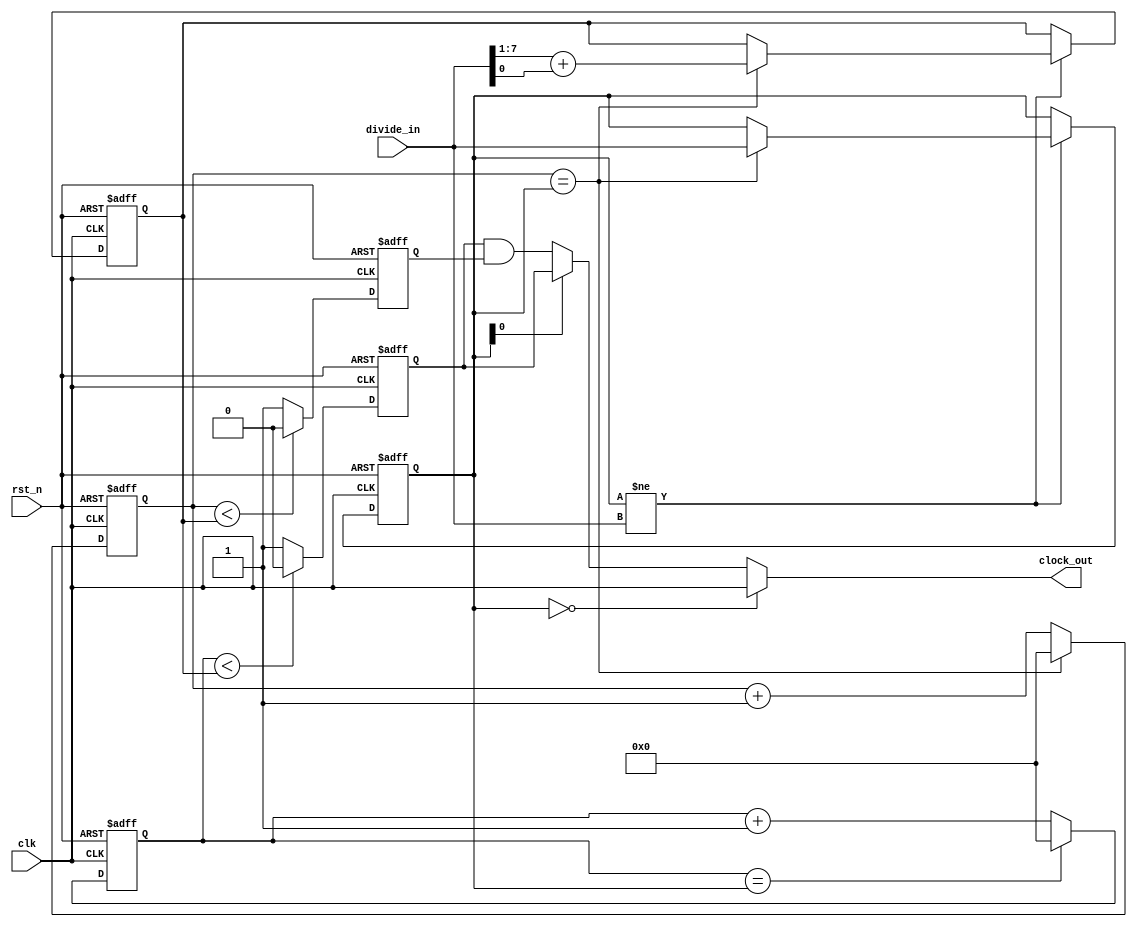
// ********************************************************************
// >>>>>>>>>>>>>>>>>>>>>>>>> COPYRIGHT NOTICE <<<<<<<<<<<<<<<<<<<<<<<<<
// ********************************************************************
// Module name     : divider
// Module Function : 
//
// --------------------------------------------------------------------
// Usefully Information
// --------------------------------------------------------------------
// Posedge to next posedge is one clock
// Negedge to next negedge is one clock
// Posedge to next negedge maybe not 1/2 clock


module divider
  (
   clk,
   rst_n,
   divide_in,
   clock_out
   );

   input 	clk;
   input 	rst_n;
   input [7 : 0] divide_in;
   output 		 clock_out;

   reg [7 : 0] divide;
   reg [6 : 0] divide_half;
   reg [7 : 0] cnt_p;
   reg [7 : 0] cnt_n;
   reg 		   clk_p;
   reg 		   clk_n;

   always @(negedge clk or negedge rst_n) begin
	  if (!rst_n) begin
		 divide[7 : 0] <= 0;
		 divide_half[6 : 0] <= 0;
	  end else if (divide[7 : 0] != divide_in[7 : 0]) begin
		 if (cnt_n[7 : 0] == divide[7 : 0]) begin
			divide[7 : 0] <= divide_in[7 : 0];
			divide_half[6 : 0] <= divide_in[7 : 1] + divide_in[0];
		 end
	  end
   end

   always @(posedge clk or negedge rst_n) begin
	  if (!rst_n) begin
		 cnt_p <= 0;
	  end else if (cnt_p[7 : 0] == divide[7 : 0]) begin
		 cnt_p <= 0;
	  end else begin
		 cnt_p <= cnt_p + 1;
	  end
   end

   always @(posedge clk or negedge rst_n) begin
	  if (!rst_n) begin
		 clk_p <= 0;
	  end else if (cnt_p[7 : 0] < { 1'b 0, divide_half[6 : 0] }) begin
		 clk_p <= 0;
	  end else begin
		 clk_p <= 1;
	  end
   end

   always @(negedge clk or negedge rst_n) begin
	  if (!rst_n) begin
		 cnt_n <= 0;
	  end else if (cnt_n[7 : 0] == divide[7 : 0]) begin
		 cnt_n <= 0;
	  end else begin
		 cnt_n <= cnt_n + 1;
	  end
   end

   always @(negedge clk or negedge rst_n) begin
	  if (!rst_n) begin
		 clk_n <= 0;
	  end else if (cnt_n[7 : 0] < { 1'b 0, divide_half[6 : 0] }) begin
		 clk_n <= 0;
	  end else begin
		 clk_n <= 1;
	  end
   end

   assign clock_out = (divide[7 : 0] == 0) ? clk : divide[0] ? clk_p : (clk_p & clk_n);

endmodule